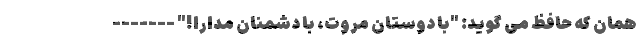
همان که حافظ می گوید: "با دوستان مروّت، با دشمنان مدارا!" -------